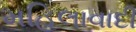
મહિલાવાદી